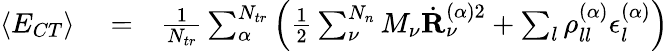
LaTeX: \begin{array}{rlr}{\langle E_{CT}\rangle}&{{}=}&{\frac{1}{N_{tr}}\sum_{\alpha}^{N_{tr}}\left(\frac{1}{2}\sum_{\nu}^{N_{n}}M_{\nu}\dot{\mathbf{R}}_{\nu}^{(\alpha)2}+\sum_{l}\rho_{ll}^{(\alpha)}\epsilon_{l}^{(\alpha)}\right)}\end{array}